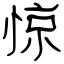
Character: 惊